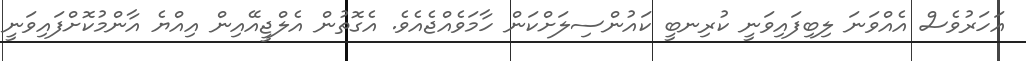
އަހަރުވެސް އެއްވަނަ ލިބިފައިވަނީ ކުރިނބީ ކައުންސިލަށްކަން ހާމަވެއްޖެއެވެ. އެގޮތުން އެލްޖީއޭއިން އިއްޔެ އާންމުކޮށްފައިވަނީ